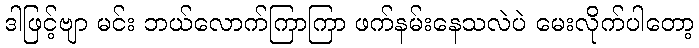
ဒါဖြင့်ဗျာ မင်း ဘယ်လောက်ကြာကြာ ဖက်နမ်းနေသလဲပဲ မေးလိုက်ပါတော့